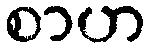
စာဟ